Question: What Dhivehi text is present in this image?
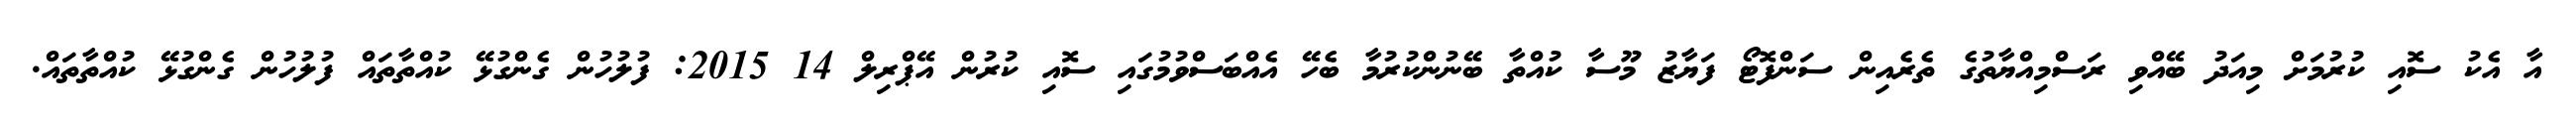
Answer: އާ އެކު ސޮއި ކުރުމަށް މިއަދު ބޭއްވި ރަސްމިއްޔާތުގެ ތެރެއިން ސަންފޮޓޯ ފަޔާޒު މޫސާ ކުއްތާ ބޭނުންކުރުމާ ބެހޭ އެއްބަސްވުމުގައި ސޮއި ކުރުން އޭޕްރިލް 14 2015: ފުލުހުން ގެންގުޅޭ ކުއްތާތައް ފުލުހުން ގެންގުޅޭ ކުއްތާތައް.